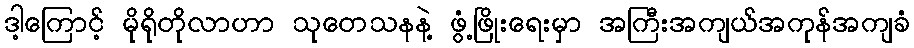
ဒါ့ကြောင့် မိုရိုတိုလာဟာ သုတေသနနဲ့ ဖွံ့ဖြိုးရေးမှာ အကြီးအကျယ်အကုန်အကျခံ